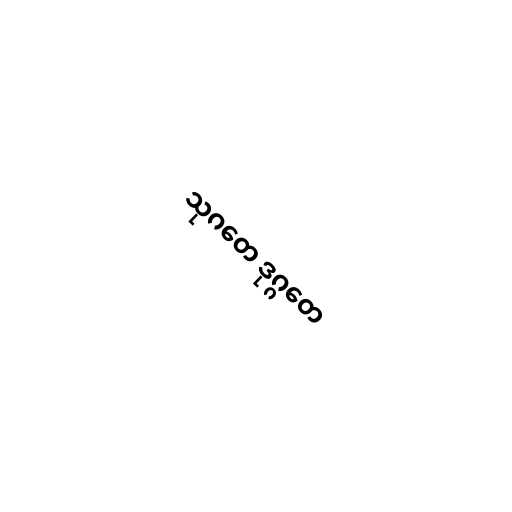
သုဂတေ ဒုဂ္ဂတေ